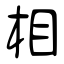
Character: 相